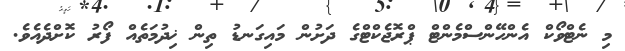
މި ނެޓްވޯކް އެންހޭންސްމެންޓް ޕްރޮޖެކްޓްގެ ދަށުން މައިގަނޑު ތިން ޚިދުމަތެއް ފޯރު ކޮށްދެއެވެ.